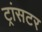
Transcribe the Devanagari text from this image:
ट्रांसटर